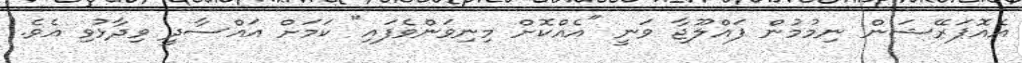
އެއޮޕަރޭޝަން ނިމުމުން ފައްލޫޖާ ވަނީ "އެއްކޮށް މިނިވަންވެފައި" ކަމަށް އައްސާދީ ވިދާޅުވި އެވެ.